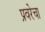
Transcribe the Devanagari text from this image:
प्रवरेचा